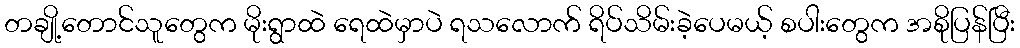
တချို့တောင်သူတွေက မိုးရွာထဲ ရေထဲမှာပဲ ရသလောက် ရိပ်သိမ်းခဲ့ပေမယ့် စပါးတွေက အစိုပြန်ပြီး